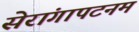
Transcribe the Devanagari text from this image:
सेरांगापटनम